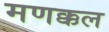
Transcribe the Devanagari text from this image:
मणक्कल